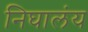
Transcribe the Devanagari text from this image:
निघालंंय